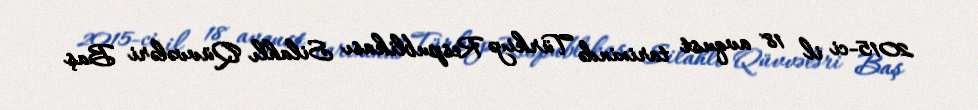
2015-ci il 18 avqust tarixində Türkiyə Respublikası Silahlı Qüvvələri Baş